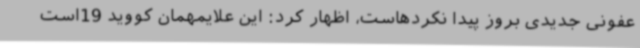
عفونی جدیدی بروز پیدا نکردهاست، اظهار کرد: این علایمهمان کووید 19است